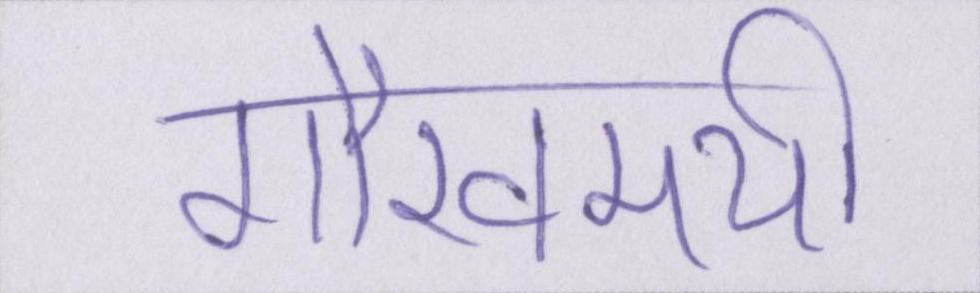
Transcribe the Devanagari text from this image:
गौरवमयी